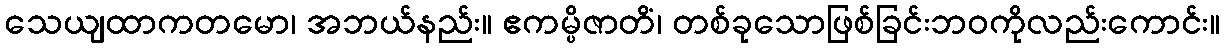
သေယျထာကတမော၊ အဘယ်နည်း။ ဧကမ္ပိဇာတိံ၊ တစ်ခုသောဖြစ်ခြင်းဘဝကိုလည်းကောင်း။